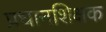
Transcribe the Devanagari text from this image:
प्रधानशिक्षक